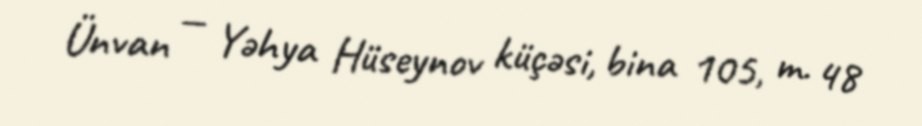
Ünvan — Yəhya Hüseynov küçəsi, bina 105, m. 48